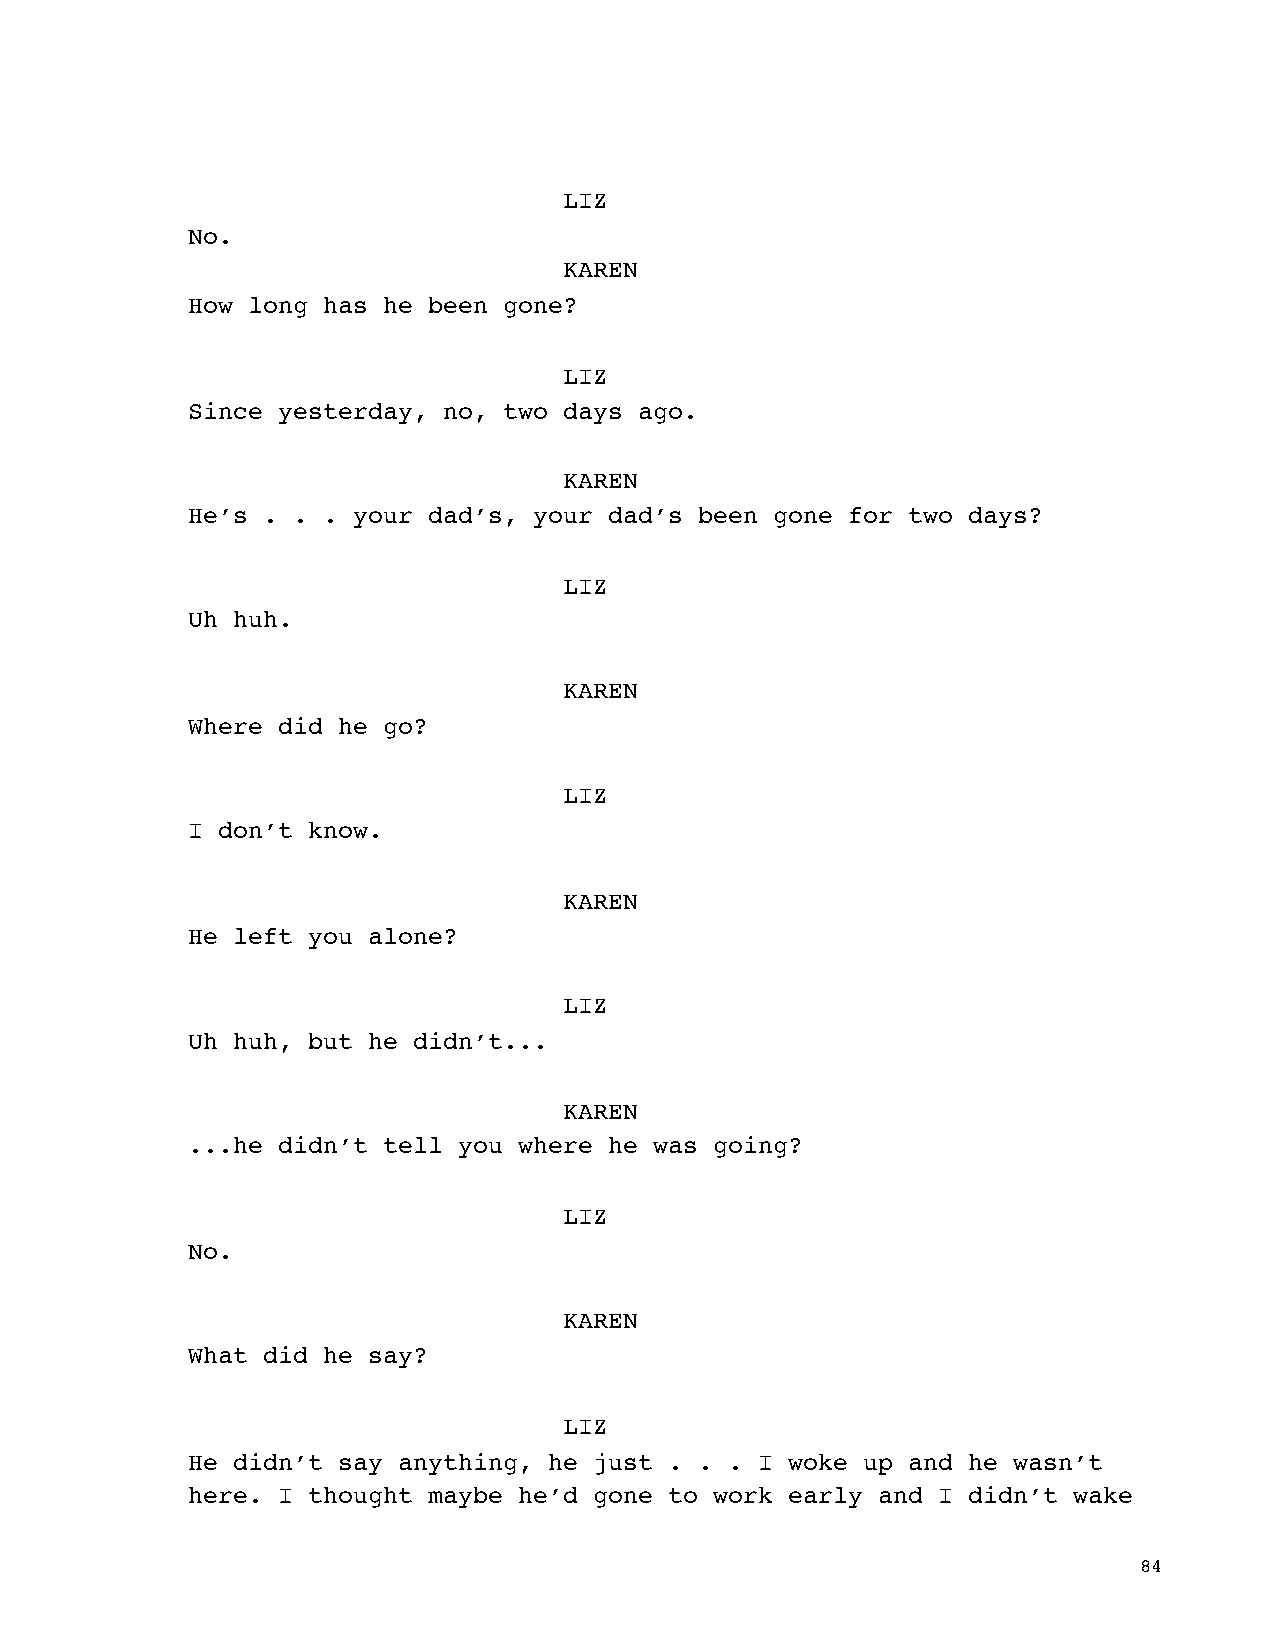
LIZ
 No.
 KAREN
 How long has he been gone?
 LIZ
 Since yesterday, no, two days ago.
 KAREN
 He’s . . . your dad’s, your dad’s been gone for two days?
 LIZ
 Uh huh.
 KAREN
 Where did he go?
 LIZ
 I don’t know.
 KAREN
 He left you alone?
 LIZ
 Uh huh, but he didn’t...
 KAREN
 ...he didn’t tell you where he was going?
 LIZ
 No.
 KAREN
 What did he say?
 LIZ
 He didn’t say anything, he just . . . I woke up and he wasn’t
 here. I thought maybe he’d gone to work early and I didn’t wake
 84